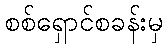
စစ်ရှောင်စခန်းမှ